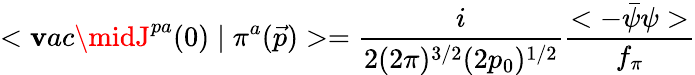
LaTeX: <\mathbf{v}ac\midJ^{pa}(0)\mid\pi^{a}(\vec{{p}})>=\frac{{i}}{{2(2\pi)^{3/2}(2p_{0})^{1/2}}}\frac{{<-\bar{{\psi}}\psi>}}{{f_{\pi}}}